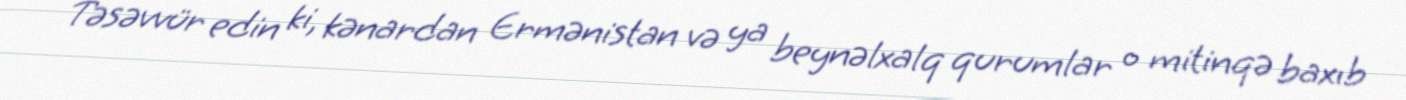
Təsəvvür edin ki, kənardan Ermənistan və ya beynəlxalq qurumlar o mitinqə baxıb